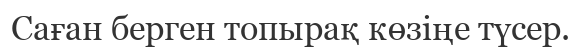
Саған берген топырақ көзіңе түсер.